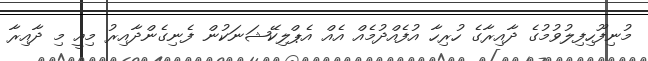
މުނިފޫހިފިލުވުމުގެ ދާއިރާގެ ހުރިހާ އުފެއްދުމެއް އެއް އެޕްލިކޭޝަނަކުން ފެނިގެންދާއިރު މިއީ މި ދާއިރާ